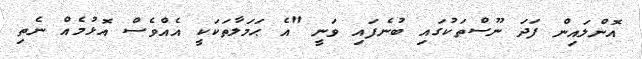
އޮންލައިން ފަދަ ނޫސްތަކުގައި ބުނެފައި ވަނީ "އެ ޙަމަލާތަކަކީ އެއްވެސް އޮޅުމެއް ނެތި